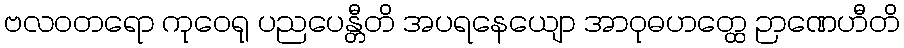
ဗလဝတရော ကုဝေရု ပညပေန္တီတိ အပရနေယျော အာဝုဓဟတ္ထေ ဉာဏေဟီတိ